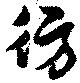
彷